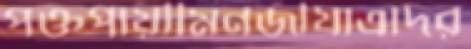
পক্তপায়ীমিনজীযাত্রাদর